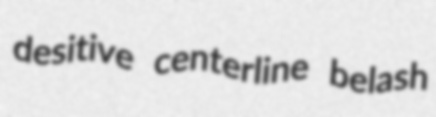
desitive centerline belash